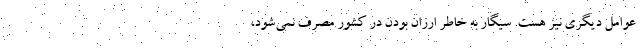
عوامل دیگری نیز هست. سیگار به خاطر ارزان بودن در کشور مصرف نمی‌شود،